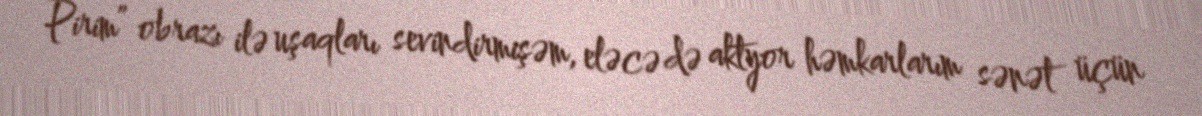
Pirim” obrazı ilə uşaqları sevindirmişəm, eləcə də aktyor həmkarlarım sənət üçün